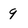
Character: 9